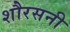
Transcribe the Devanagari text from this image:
शौरसनी